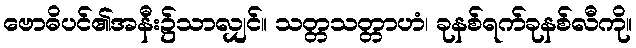
ဗောဓိပင်၏အနီး၌သာလျှင်။ သတ္တသတ္တာဟံ၊ ခုနစ်ရက်ခုနစ်လီကို။